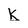
Character: K